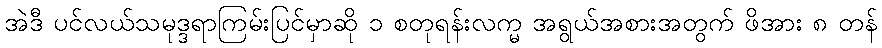
အဲဒီ ပင်လယ်သမုဒ္ဒရာကြမ်းပြင်မှာဆို ၁ စတုရန်းလက္မ အရွယ်အစားအတွက် ဖိအား ၈ တန်